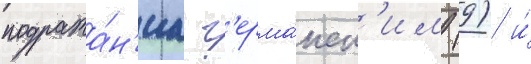
подража́н'иа г'ерма́нск'им (9) и́